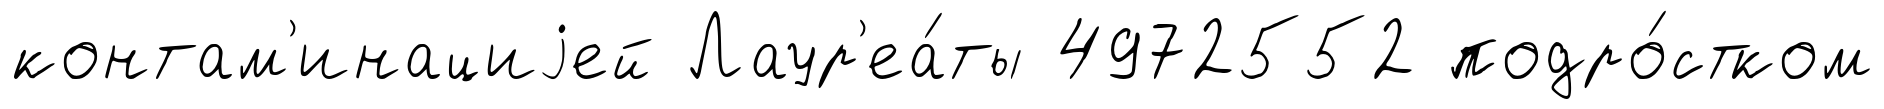
контам'инациjей Лаур'еа́ты 4972552 подро́стком